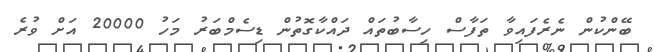
ބޭންކުން ނެރެފައިވާ ތަފާސް ހިސާބުތައް ދައްކާގޮތުން ޑިސެމްބަރު މަހު 20000 އަށް ވުރެ